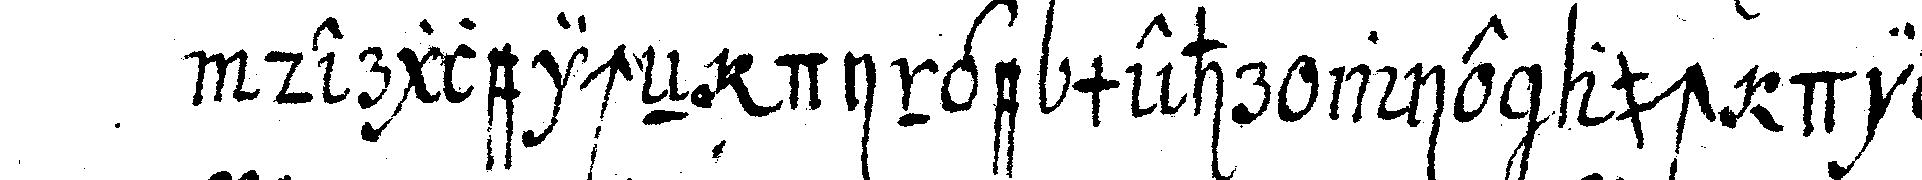
dergleicheN dinge mehr wie auch die